Civil Veterinary Department. Madras. Admin. report 1926-33 - 1926-1933
Year: 1926
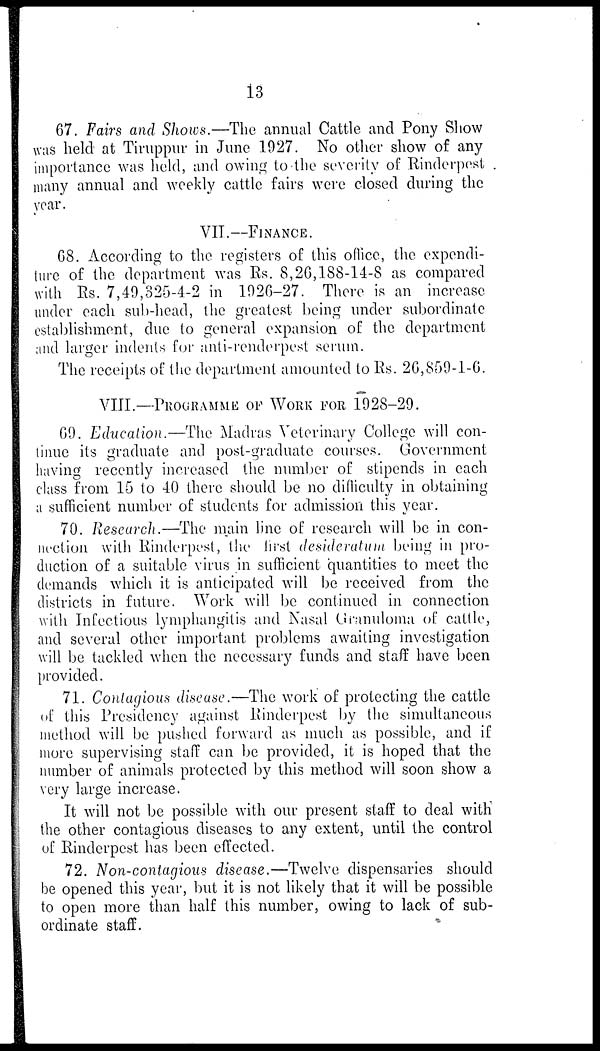
13
67. Fairs and Shows.—The annual Cattle and Pony Show
was held at Tiruppur in June 1927. No other show of any
importance was held, and owing to the severity of Rinderpest
many annual and weekly cattle fairs were closed during the
year.
VII.—FINANCE.
68. According to the registers of this office, the expendi-
ture of the department was Rs. 8,26,188-14-8 as compared
with Rs. 7,49,32-5-4-2 in 1026-27. There is an increase
under each sub-head, the greatest being under subordinate
establishment, due to general expansion of the department
and larger indents for anti-renderpest serum.
The receipts of the department amounted to Rs. 26,850-1-0.
VIII.—PROGRAMME OF WORK FOR 1928-29.
69. Education.—The
Madras Veterinary College will con-
tinue its graduate and post-graduate courses. Government
having recently increased the number of stipends in each
class from 15 to 40 there should be no difficulty in obtaining
a sufficient number of students for admission this year.
70. Research.—The main line of research will be in con-
nection with Rinderpest, the first desideratum being in pro-
duction of a suitable virus in sufficient quantities to meet the
demands which it is anticipated will be received from the
districts in future. Work will be continued in connection
with Infectious lymphangitis and Nasal Granuloma of cattle,
and several other important problems awaiting investigation
will be tackled when the necessary funds and staff have been
provided.
71. Contagious disease.—The work of protecting the cattle
of this Presidency against Rinderpest by the simultaneous
method will be pushed forward as much as possible, and if
more supervising staff can be provided, it is hoped that the
number of animals protected by this method will soon show a
very large increase.
It will not be possible with our present staff to deal with
the other contagious diseases to any extent, until the control
of Rinderpest has been effected.
72. Non-contagious disease.—Twelve dispensaries should
be opened this year, but it is not likely that it will be possible
to open more than half this number, owing to lack of sub-
ordinate staff.